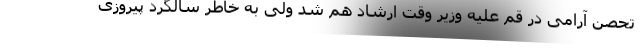
تحصن آرامی در قم علیه وزیر وقت ارشاد هم شد ولی به خاطر سالگرد پیروزی